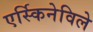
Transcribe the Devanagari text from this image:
एर्स्किनेविले